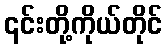
၎င်းတို့ကိုယ်တိုင်